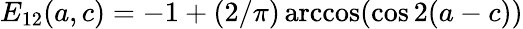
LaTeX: E_{12}(a,c)=-1+(2/\pi)\operatorname{arccos}(\cos 2(a-c))